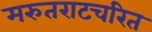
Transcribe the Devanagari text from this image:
मरुतराटचरित